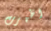
اظهرت